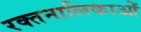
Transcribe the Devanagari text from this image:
रक्तनालिकाओं